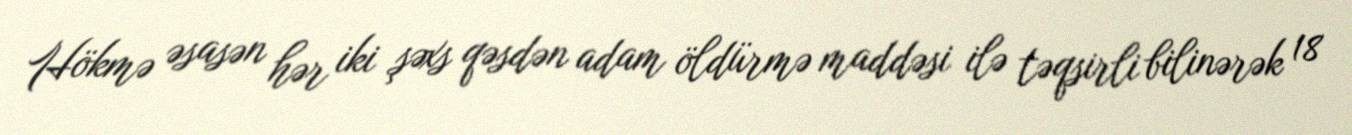
Hökmə əsasən hər iki şəxs qəsdən adam öldürmə maddəsi ilə təqsirli bilinərək 18